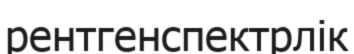
рентгенспектрлік